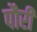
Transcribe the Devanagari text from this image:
पौरी